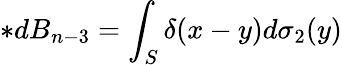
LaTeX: \ast dB_{n-3}=\int_{S}\delta(x-y)d\sigma_{2}(y)